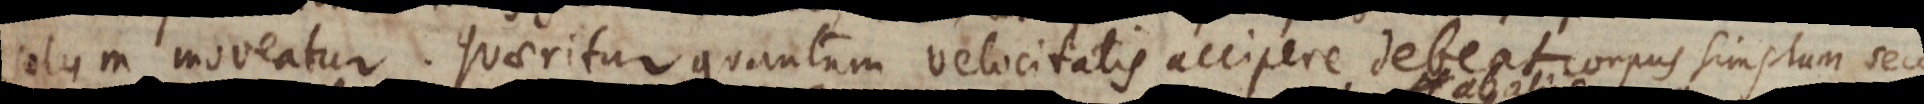
solum moveatur. Quaeritur quantum velocitatis accipere debeat corpus unius